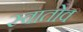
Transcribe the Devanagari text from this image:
स्वातोव